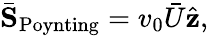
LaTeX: \begin{array}{r}{\bar{\mathbf S}_{\mathrm{Poynting}}=v_{0}\bar{U}\hat{\mathbf z},}\end{array}